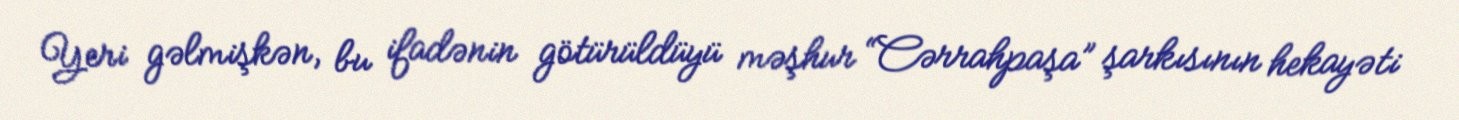
Yeri gəlmişkən, bu ifadənin götürüldüyü məşhur “Cərrahpaşa” şarkısının hekayəti